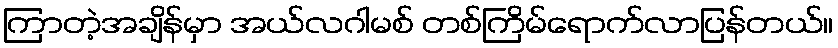
ကြာတဲ့အချိန်မှာ အယ်လဂါမစ် တစ်ကြိမ်ရောက်လာပြန်တယ်။